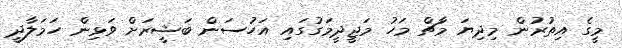
މީގެ އިތުރުން މިދިޔަ މާޗް މަހު މަޖީދީމަގުގައި އަހުސަން ބަޝީރަށް ވަޅިން ހަމަލާދީ